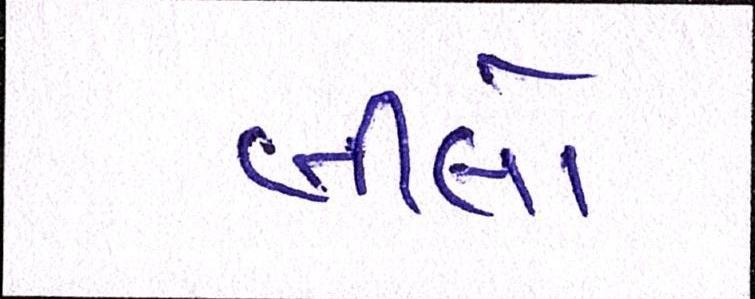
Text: બીલો